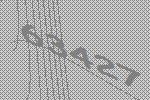
63427